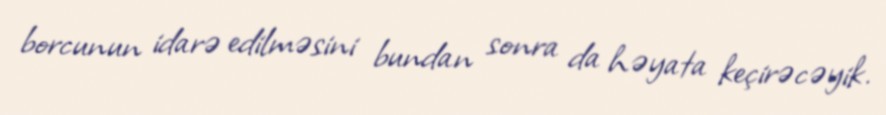
borcunun idarə edilməsini bundan sonra da həyata keçirəcəyik.